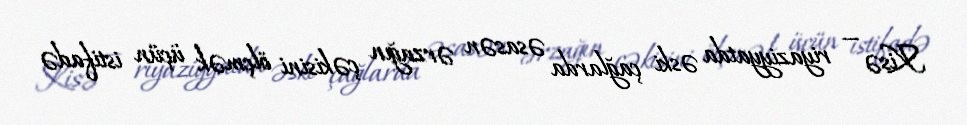
Kisə — riyaziyyatda əski çağlarda əsasən ərzağın çəkisini ölçmək üçün istifadə